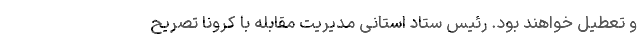
و تعطیل خواهند بود. رئیس ستاد استانی مدیریت مقابله با کرونا تصریح